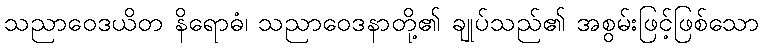
သညာဝေဒယိတ နိရောဓံ၊ သညာဝေဒနာတို့၏ ချုပ်သည်၏ အစွမ်းဖြင့်ဖြစ်သော